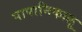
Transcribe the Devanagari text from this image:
पापानिकालू